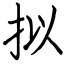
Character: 拟